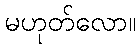
မဟုတ်လော။